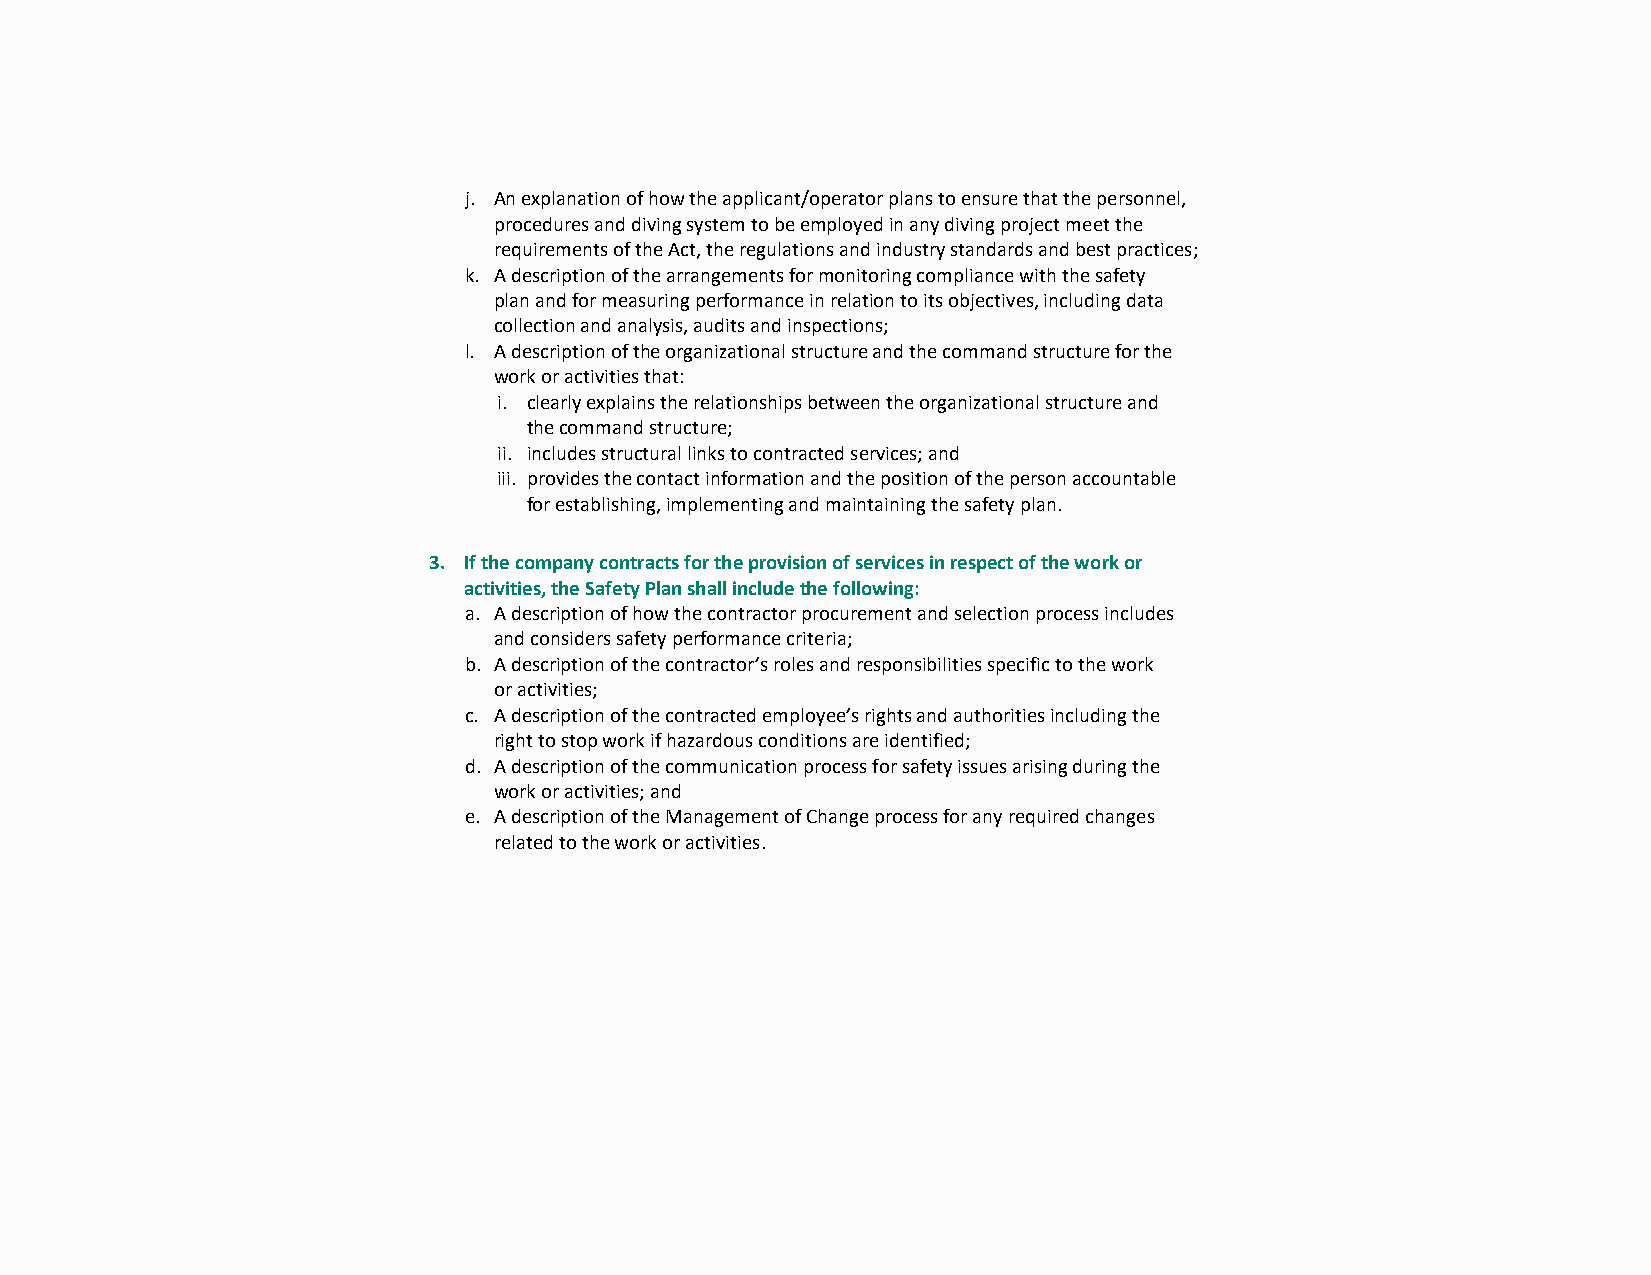
j. An explanation of how the applicant/operator plans to ensure that the personnel,
 procedures and diving system to be employed in any diving project meet the
 requirements of the Act, the regulations and industry standards and best practices;
 k. A description of the arrangements for monitoring compliance with the safety
 plan and for measuring performance in relation to its objectives, including data
 collection and analysis, audits and inspections;
 l. A description of the organizational structure and the command structure for the
 work or activities that:
 i. clearly explains the relationships between the organizational structure and
 the command structure;
 ii. includes structural links to contracted services; and
 iii. provides the contact information and the position of the person accountable
 for establishing, implementing and maintaining the safety plan.
 3. If the company contracts for the provision of services in respect of the work or
 activities, the Safety Plan shall include the following:
 a. A description of how the contractor procurement and selection process includes
 and considers safety performance criteria;
 b. A description of the contractor’s roles and responsibilities specific to the work
 or activities;
 c. A description of the contracted employee’s rights and authorities including the
 right to stop work if hazardous conditions are identified;
 d. A description of the communication process for safety issues arising during the
 work or activities; and
 e. A description of the Management of Change process for any required changes
 related to the work or activities.